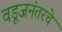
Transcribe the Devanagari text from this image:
वडूजनंतरचे